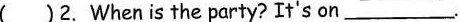
( )2. When is the party? It's on___.